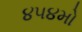
૪૫૪મો